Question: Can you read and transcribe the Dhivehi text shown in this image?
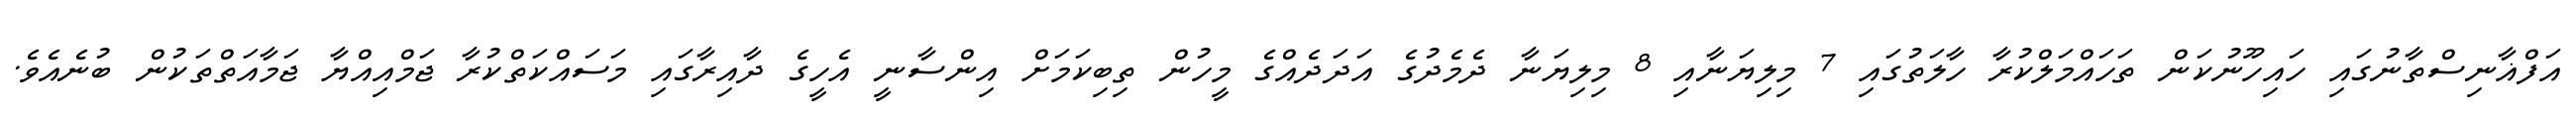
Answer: އަފްޣާނިސްތާނުގައި ހައިހޫނުކަން ތަހައްމަލްކުރާ ހާލަތުގައި 7 މިލިޔަނާއި 8 މިލިޔަނާ ދެމެދުގެ އަދަދެއްގެ މީހުން ތިބިކަމަށް އިންސާނީ އެހީގެ ދާއިރާގައި މަސައްކަތްކުރާ ޖަމްއިއްޔާ ޖަމާއަތްތަކުން ބުނެއެވެ.